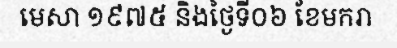
មេសា ១៩៧៥ និងថ្ងៃទី០៦ ខែមករា